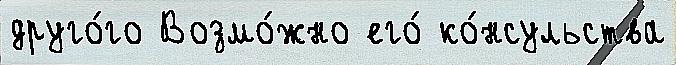
друго́го Возмо́жно его́ ко́нсульства